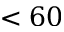
< 6 0